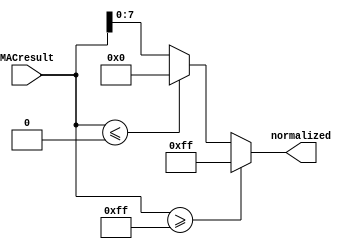
`timescale 1ns / 1ps

module MAC_Normalize(
    input signed [19:0] MACresult,
    output reg [7:0] normalized
    );
    


always @(*) begin

if(MACresult >= 255)
normalized<=8'd255;
else if (MACresult <=0)
normalized <=8'd0;
else
normalized <= MACresult[7:0];
end    
endmodule